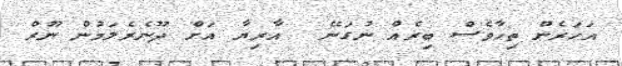
އަހަރެން ތިހާވެސް ބިރެއް ނުގަނޭ  އާރިޔާ އަށް ދޫނެރެލަމުން ނޫރް